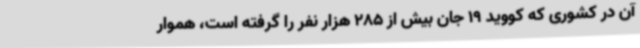
آن در کشوری که کووید 19 جان بیش از 285 هزار نفر را گرفته است، هموار